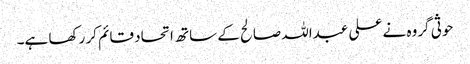
حوثی گروہ نے علی عبداللہ صالح کے ساتھ اتحاد قائم کر رکھا ہے۔